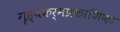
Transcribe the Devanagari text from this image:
गृह्यकर्मप्रकाशिका